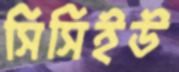
সিসিইউ